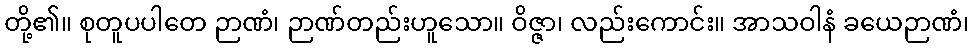
တို့၏။ စုတူပပါတေ ဉာဏံ၊ ဉာဏ်တည်းဟူသော။ ဝိဇ္ဇာ၊ လည်းကောင်း။ အာသဝါနံ ခယေဉာဏံ၊